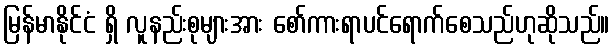
မြန်မာနိုင်ငံ ရှိ လူနည်းစုများအား စော်ကားရာပင်ရောက်စေသည်ဟုဆိုသည်။